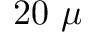
2 0 ~ \mu